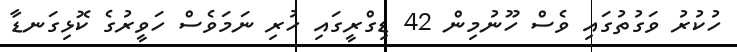
ހުކުރު ވަގުތުގައި ވެސް ހޫނުމިން 42 ޑިގްރީގައި ހުރި ނަމަވެސް ހަވީރުގެ ކޮޅިގަނޑާ